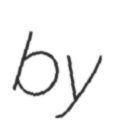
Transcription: by